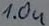
Text: 1.0u